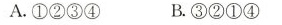
A.①②③④ B.③②①④